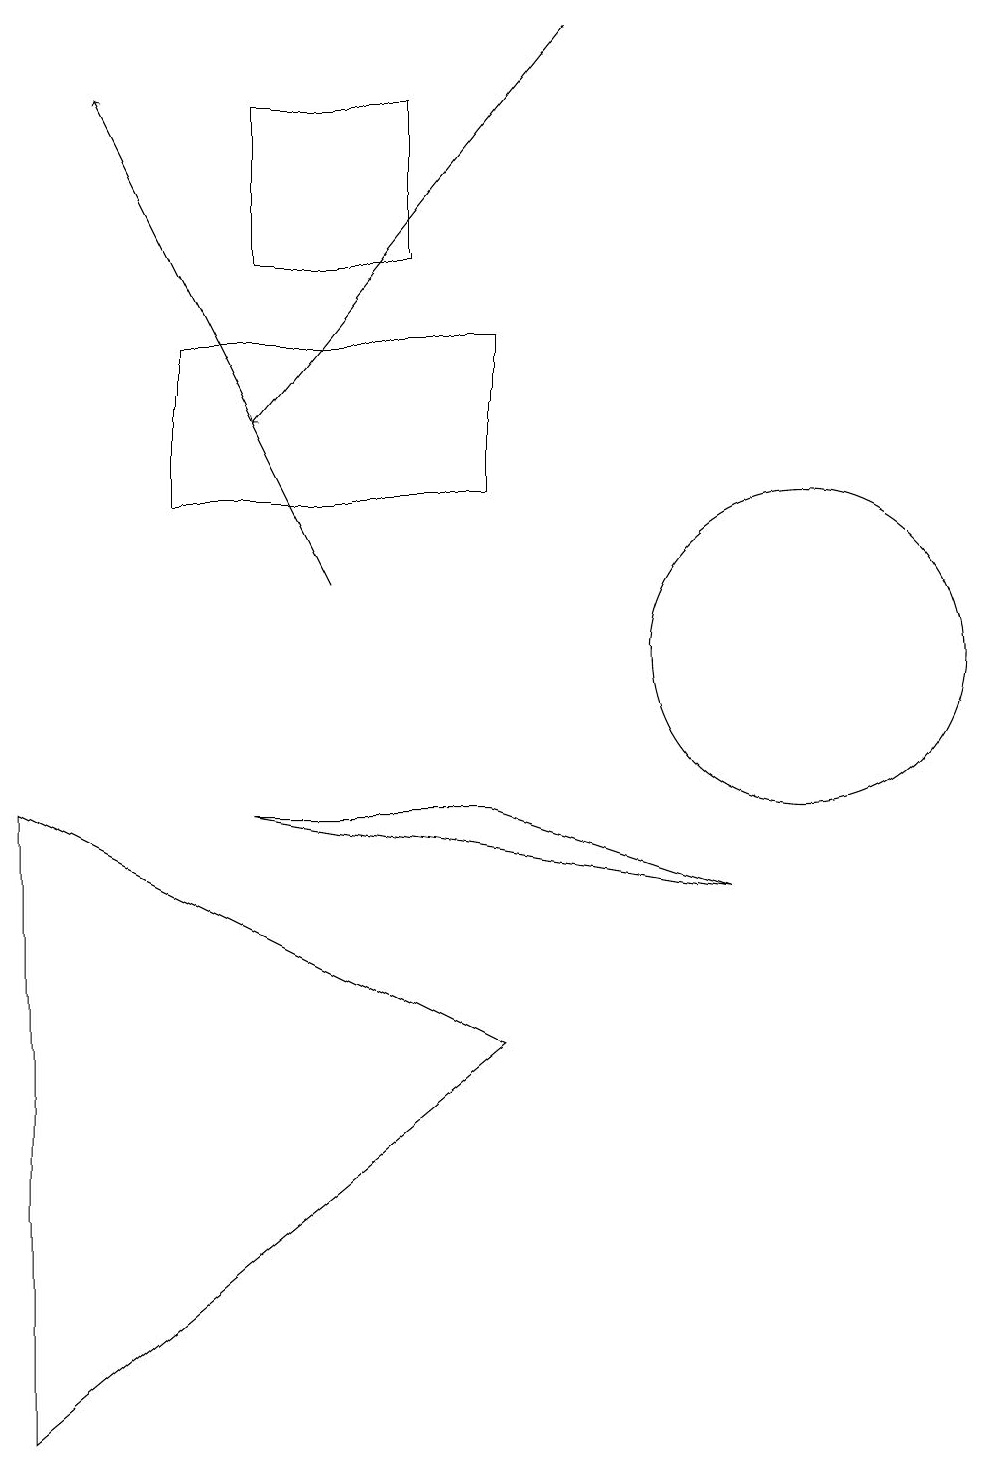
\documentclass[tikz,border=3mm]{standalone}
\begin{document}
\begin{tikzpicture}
\draw (9,7) -- (3,8) -- (6,8) -- cycle;
\draw (6,5) -- (0,0) -- (0,8) -- cycle;
\draw (5,17) rectangle (3,15);
\draw[->] (4,11) -- (1,17);
\draw (2,12) rectangle (6,14);
\draw (10,10) circle (2);
\draw[->] (7,18) -- (3,13);
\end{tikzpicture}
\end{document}